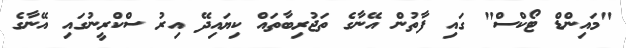
"މައިންޑް ޓޯކްސް" ގައި ފާތުން އޭނާގެ ތަޖުރިބާތައް ކިޔައިދޭ އިރު ސްކްރީނުގައި އޭނާގެ